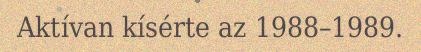
Aktívan kísérte az 1988–1989.